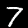
Label: 7